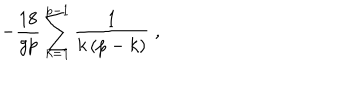
- \frac { 1 8 } { g p } \sum _ { k = 1 } ^ { p - 1 } \frac { 1 } { k \left( p - k \right) } \; ,